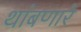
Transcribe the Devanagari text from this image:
थांबणारे